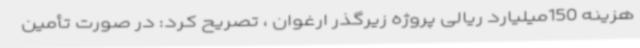
هزینه 150میلیارد ریالی پروژه زیرگذر ارغوان ، تصریح کرد: در صورت تأمین